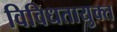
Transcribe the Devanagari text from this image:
विविधतायुक्त